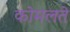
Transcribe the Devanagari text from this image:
कोमलते